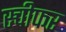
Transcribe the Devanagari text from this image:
स्चीफर